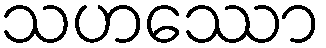
သဟဿော